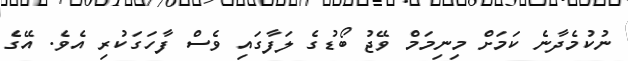
ނުކުމެދާނެ ކަމަށް މިނިމަމް ވޭޖު ބޯޑުގެ ލަފާގައި ވެސް ފާހަގަކުރި އެވެ. އޭގެ